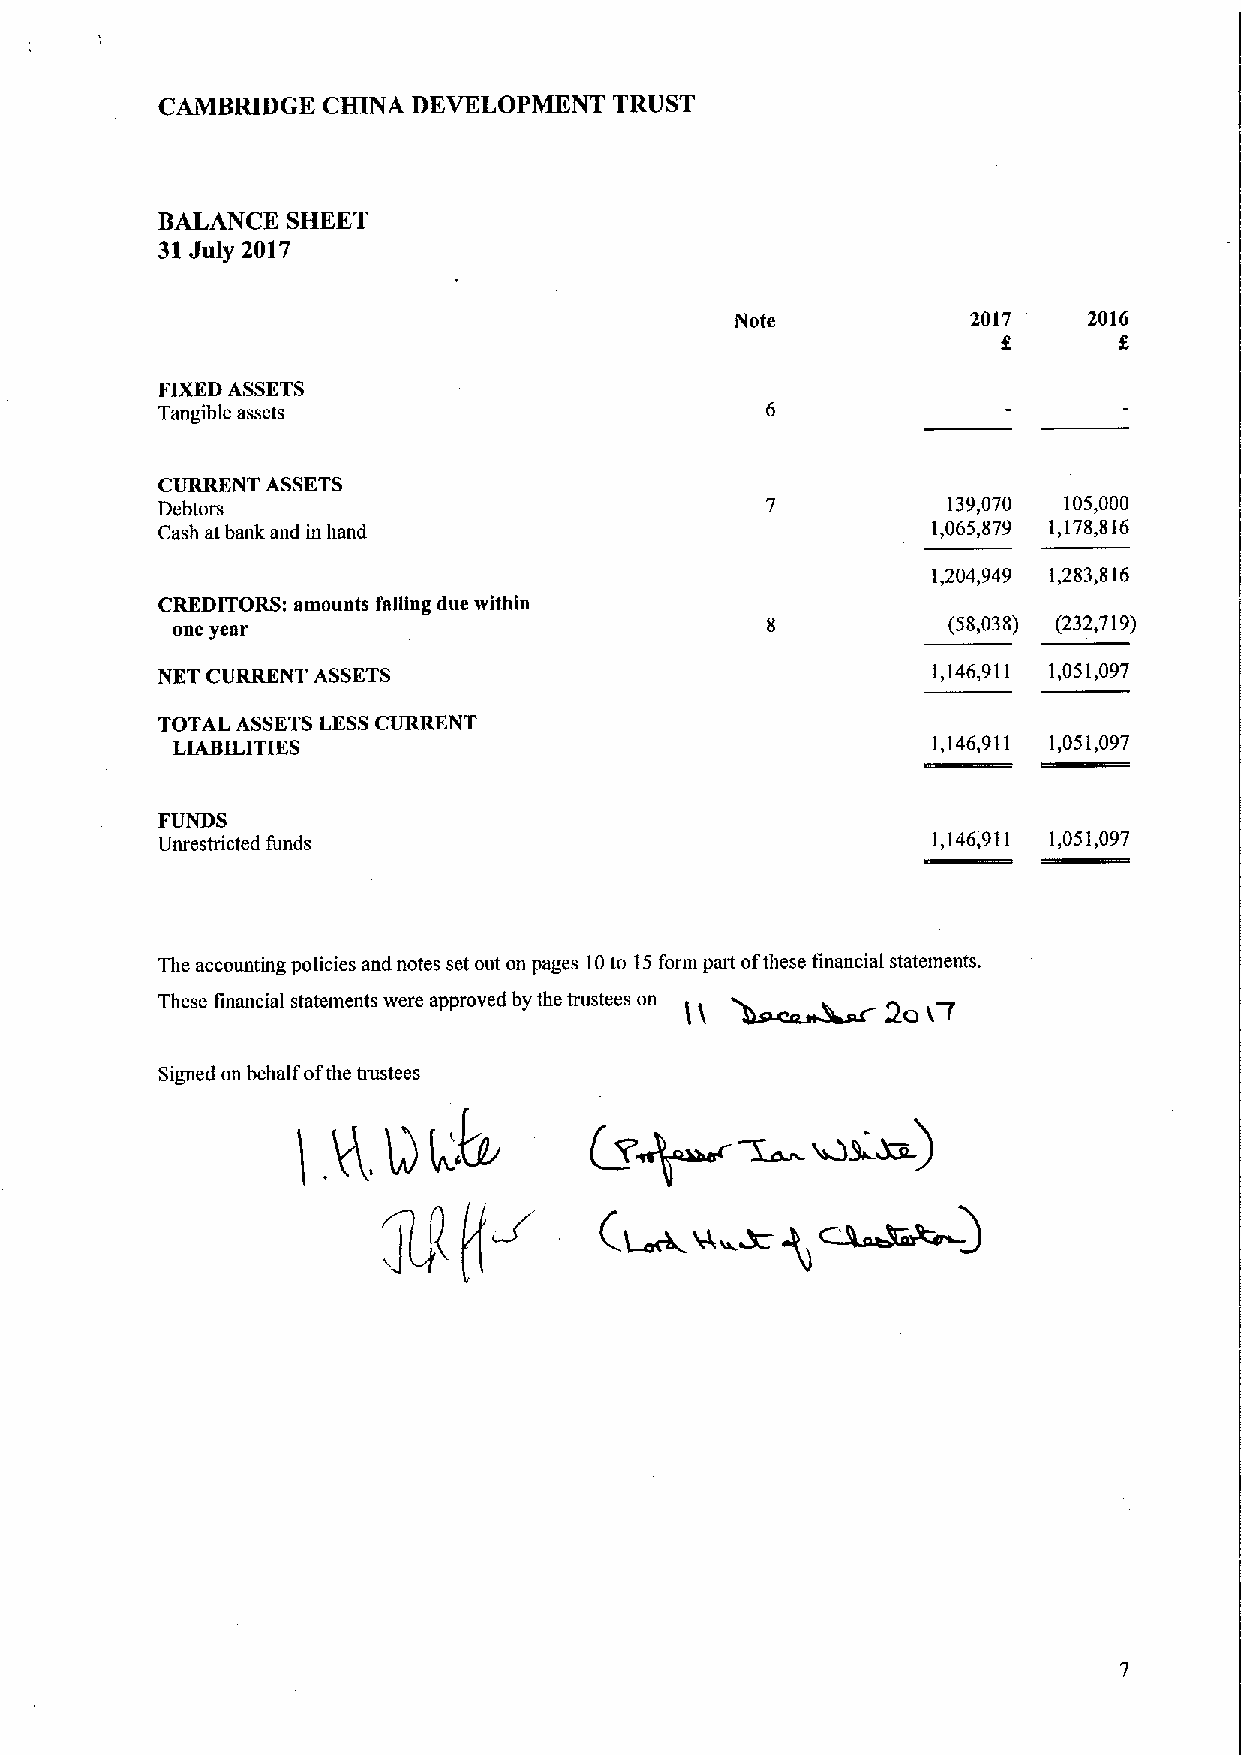
CAMBRIDGE  CHINA DEVELOPMENT   TRUST
 BALANCE  SHEET
 31July 2017
 Note           2017    2016
 FIXEDASSETS
 Tangible assets
 CURRENT ASSETS
 Debtors                                              139,070 105,000
 Cash at bank and in hand                            1,065,879 1,178,816
 1,204,949 1,283,816
 CREDITORS: amounts falling due within
 one year                                            (58,038) (232,719)
 NET CURRENT ASSETS                                  1,146,911 1,051,097
 TOTAL ASSETS LESSCURRENT
 LIABILITIES                                        1,146,911 1,051,097
 FUNDS
 Unrestricted funds                                  1,146,911 1,051,097
 The accounting policies and notes set out on pages 10to 15form part ofthese financial statements.
 ~
 These financial statements were approved by the trustees on
 Q.ssossss3h, 2O
 I7
 Signed on behalf ofthe trustees
 4        (V~~ws.            ~)
 Qt'.
 Q
 )
 ~q~
 (~vr